Regulations for the medical services of the Army of India
Year: 1930
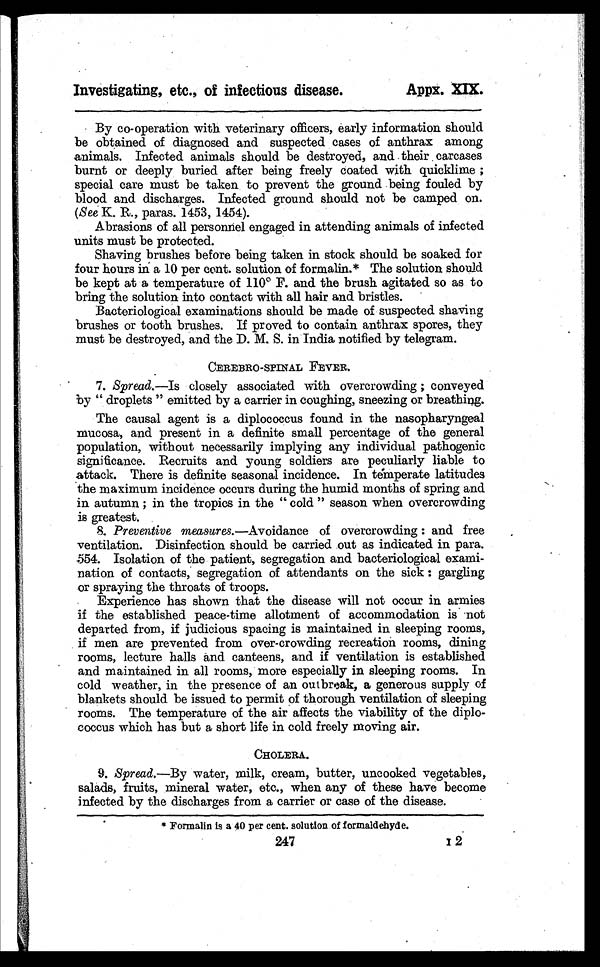
Investigating, etc., of infectious disease.
Appx. XIX.
By co-operation with veterinary officers, early information should
be obtained of diagnosed and suspected cases of anthrax among
animals. Infected animals should be destroyed, and their carcases
burnt or deeply buried after being freely coated with quicklime ;
special care must be taken to prevent the ground being fouled by
blood and discharges. Infected ground should not be camped on.
(See K. R., paras. 1453, 1454).
Abrasions of all personnel engaged in attending animals of infected
units must be protected.
Shaving brushes before being taken in stock should be soaked for
four hours in a 10 per cent. solution of formalin.* The solution should
be kept at a temperature of 110 0 F. and the brush agitated so as to
bring the solution into contact with all hair and bristles.
Bacteriological examinations should be made of suspected shaving
brushes or tooth brushes. If proved to contain anthrax spores, they
must be destroyed, and the D. M. S. in India notified by telegram.
CEREBRO-SPINAL FEVER.
7. Spread.—Is closely associated with overcrowding ; conveyed
by " droplets " emitted by a carrier in coughing, sneezing or breathing.
The causal agent is a diplococcus found in the nasopharyngeal
mucosa, and present in a definite small percentage of the general
population, without necessarily implying any individual pathogenic
significance. Recruits and young soldiers are peculiarly liable to
attack. There is definite seasonal incidence. In temperate latitudes
the maximum incidence occurs during the humid months of spring and
in autumn ; in the tropics in the " cold " season when overcrowding
is greatest.
8. Preventive measures .—Avoidance of overcrowding : and free
ventilation. Disinfection should be carried out as indicated in para.
554. Isolation of the patient, segregation and bacteriological exami-
nation of contacts, segregation of attendants on the sick : gargling
or spraying the throats of troops.
Experience has shown that the disease will not occur in armies
if the established peace-time allotment of accommodation is not
departed from, if judicious spacing is maintained in sleeping rooms,
if men are prevented from over-crowding recreation rooms, dining
rooms, lecture halls and canteens, and if ventilation is established
and maintained in all rooms, more especially in sleeping rooms. In
cold weather, in the presence of an outbreak, a generous supply of
blankets should be issued to permit of thorough ventilation of sleeping
rooms. The temperature of the air affects the viability of the diplo-
coccus which has but a short life in cold freely moving air.
CHOLERA.
9. Spread.—By water, milk, cream, butter, uncooked vegetables,
salads, fruits, mineral water, etc., when any of these have become
infected by the discharges from a carrier or case of the disease.
* Formalin is a 40 per cent. solution of formaldehyde.
247
1 2